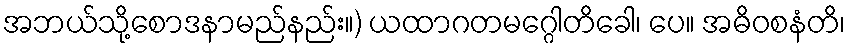
အဘယ်သို့စောဒနာမည်နည်း။) ယထာဂတမဂ္ဂေါတိခေါ၊ ပေ။ အဓိဝစနံတိ၊